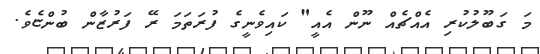
މަ ގަބޫލުކުރި އެއްޗެއް ނޫން އެއީ" ކައިވެނީގެ ފުރަތަމަ ރޭ ފަރުޒާން ބުންޏެވެ.